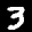
Label: 3